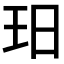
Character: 𱮳